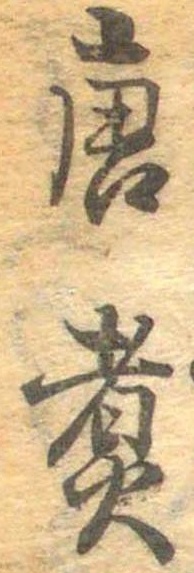
唐煮